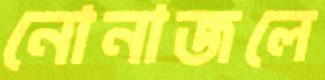
নোনাজলে